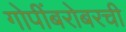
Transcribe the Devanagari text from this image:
गोपींबरोबरची